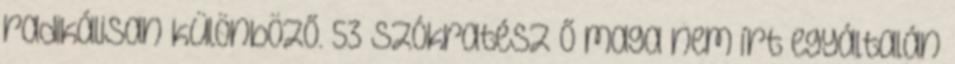
radikálisan különböző. 53 Szókratész Ő maga nem írt egyáltalán